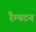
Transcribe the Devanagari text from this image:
रैम्पटन